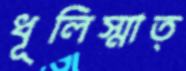
ধূলিস্মাত্